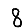
Digit: 8